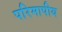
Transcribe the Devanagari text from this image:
परिमापीय